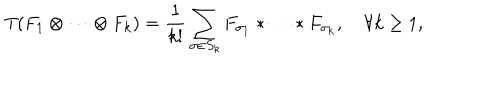
LaTeX: T ( F _ { 1 } \otimes \cdots \otimes F _ { k } ) = { \frac { 1 } { k ! } } \sum _ { \sigma \in S _ { k } } F _ { \sigma _ { 1 } } \ast \cdots \ast F _ { \sigma _ { k } } , \quad \forall k \geq 1 ,